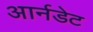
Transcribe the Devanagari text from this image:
आर्नडेट